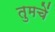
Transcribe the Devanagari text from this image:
तुमचें